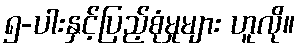
၅-ပါးနှင့်ပြည့်စုံမှုများ ဟူလို။